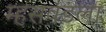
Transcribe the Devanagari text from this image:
म्हसवडला